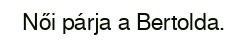
Női párja a Bertolda.